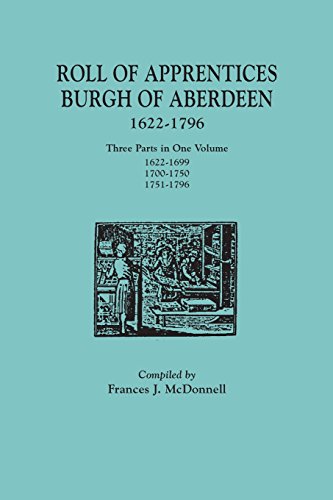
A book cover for Roll of Apprentices, Burgh of Aberdeen, 1622-1796. Three Parts in One Volume: 1622-1699, 1700-1750, 1751-1796; Reference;